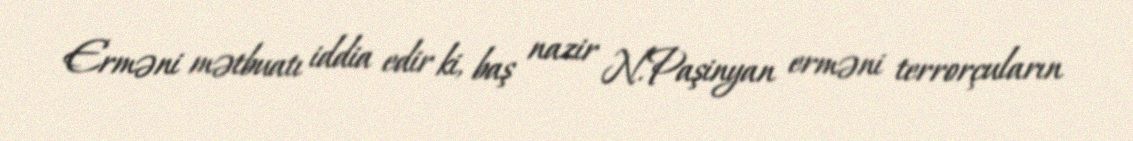
Erməni mətbuatı iddia edir ki, baş nazir N.Paşinyan erməni terrorçuların